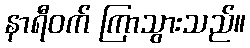
နာရီဝက် ကြာသွားသည်။